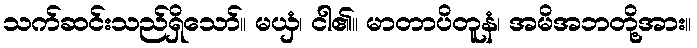
သက်ဆင်းသည်ရှိသော်။ မယှံ၊ ငါ၏။ မာတာပိတူနံ၊ အမိအဘတို့အား။